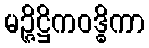
မဉ္ဇိဋ္ဌိကဝဒ္ဓိကာ